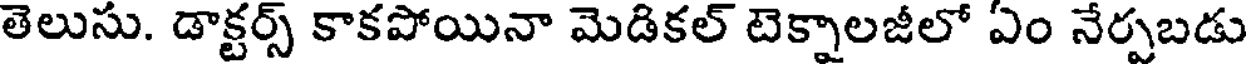
తెలుసు. డాక్టర్స్ కాకపోయినా మెడికల్ టెక్నాలజీలో ఏం నేర్పబడు